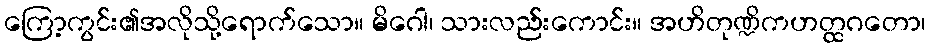
ကြော့ကွင်း၏အလိုသို့ရောက်သော။ မိဂေါ၊ သားလည်းကောင်း။ အဟိတုဏ္ဍိကဟတ္ထဂတော၊